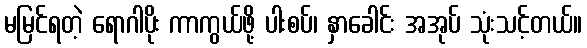
မမြင်ရတဲ့ ရောဂါပိုး ကာကွယ်ဖို့ ပါးစပ်၊ နှာခေါင်း အအုပ် သုံးသင့်တယ်။